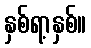
နှစ်ရာ့နှစ်။